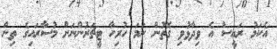
އެކަމު ރައީސް އެ ވިދާޅުވި ގޮތުން ނަމަ ހުރިހާ ޓީޗަރުންނަށް މުސާރައިގެ ތިން